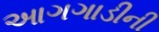
આગગાડીની